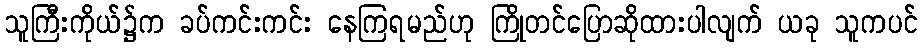
သူကြီးကိုယ်၌က ခပ်ကင်းကင်း နေကြရမည်ဟု ကြိုတင်ပြောဆိုထားပါလျက် ယခု သူကပင်